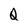
Character: Q